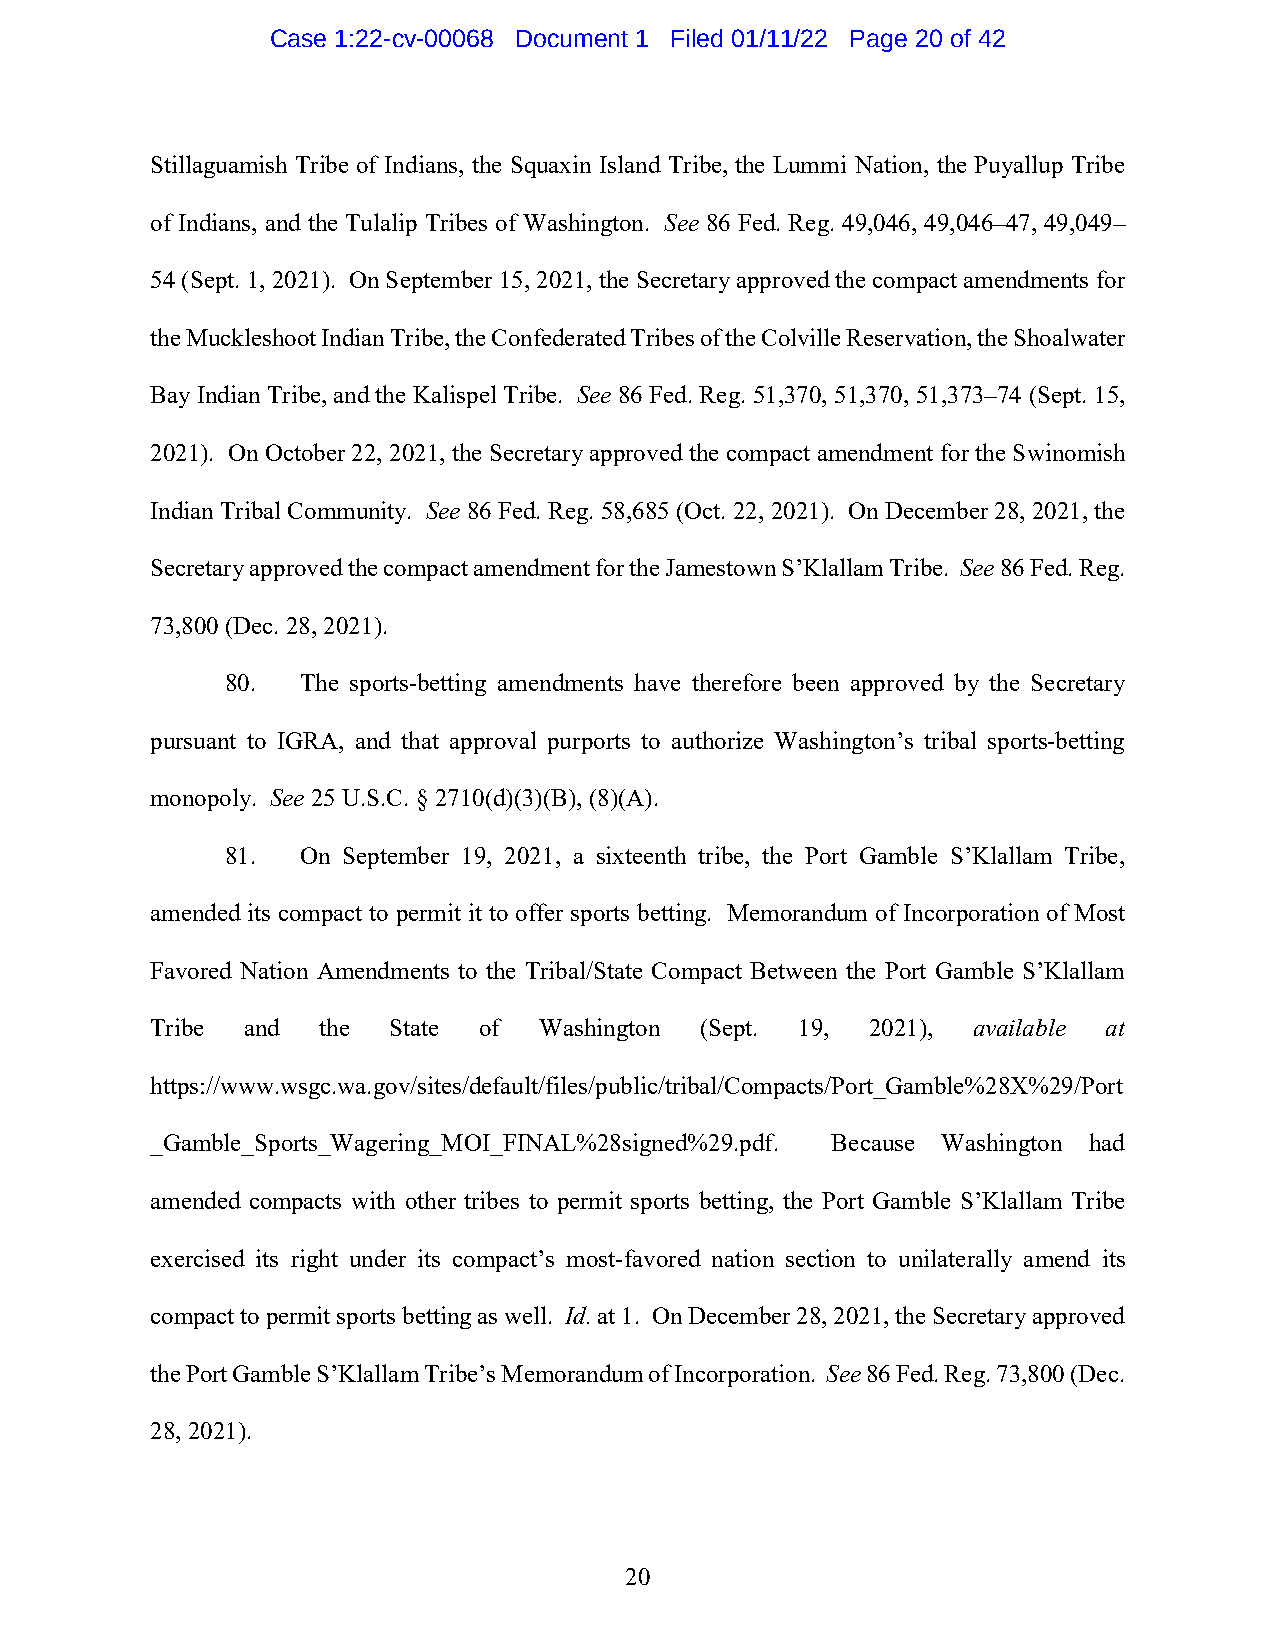
Case 1:22-cv-00068 Document 1 Filed 01/11/22 Page 20 of 42
 Stillaguamish Tribe of Indians, the Squaxin Island Tribe, the Lummi Nation, the Puyallup Tribe
 of Indians, and the Tulalip Tribes of Washington. See 86 Fed. Reg. 49,046, 49,046–47, 49,049–
 54 (Sept. 1, 2021). On September 15, 2021, the Secretary approved the compact amendments for
 the Muckleshoot Indian Tribe, the Confederated Tribes of the Colville Reservation, the Shoalwater
 Bay Indian Tribe, and the Kalispel Tribe. See 86 Fed. Reg. 51,370, 51,370, 51,373–74 (Sept. 15,
 2021). On October 22, 2021, the Secretary approved the compact amendment for the Swinomish
 Indian Tribal Community. See 86 Fed. Reg. 58,685 (Oct. 22, 2021). On December 28, 2021, the
 Secretary approved the compact amendment for the Jamestown S’Klallam Tribe. See 86 Fed. Reg.
 73,800 (Dec. 28, 2021).
 80.  The sports-betting amendments have therefore been approved by the Secretary
 pursuant to IGRA, and that approval purports to authorize Washington’s tribal sports-betting
 monopoly. See 25 U.S.C. § 2710(d)(3)(B), (8)(A).
 81.  On September 19, 2021, a sixteenth tribe, the Port Gamble S’Klallam Tribe,
 amended its compact to permit it to offer sports betting. Memorandum of Incorporation of Most
 Favored Nation Amendments to the Tribal/State Compact Between the Port Gamble S’Klallam
 Tribe and  the  State of  Washington (Sept. 19, 2021), available at
 https://www.wsgc.wa.gov/sites/default/files/public/tribal/Compacts/Port_Gamble%28X%29/Port
 _Gamble_Sports_Wagering_MOI_FINAL%28signed%29.pdf. Because Washington had
 amended compacts with other tribes to permit sports betting, the Port Gamble S’Klallam Tribe
 exercised its right under its compact’s most-favored nation section to unilaterally amend its
 compact to permit sports betting as well. Id. at 1. On December 28, 2021, the Secretary approved
 the Port Gamble S’Klallam Tribe’s Memorandum of Incorporation. See 86 Fed. Reg. 73,800 (Dec.
 28, 2021).
 20